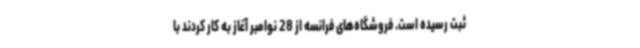
ثبت رسیده است. فروشگاه‌های فرانسه از 28 نوامبر آغاز به کار کردند با